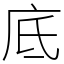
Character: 底